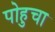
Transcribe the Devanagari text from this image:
पोहुचा